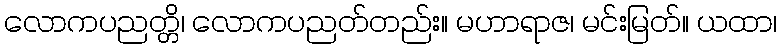
လောကပညတ္တိ၊ လောကပညတ်တည်း။ မဟာရာဇ၊ မင်းမြတ်။ ယထာ၊